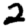
Digit: 2